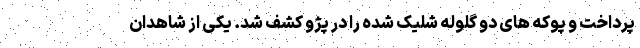
پرداخت و پوکه های دو گلوله شلیک شده را در پژو کشف شد. یکی از شاهدان